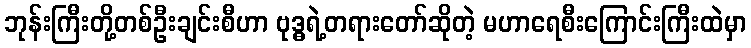
ဘုန်းကြီးတို့တစ်ဦးချင်းစီဟာ ဗုဒ္ဓရဲ့တရားတော်ဆိုတဲ့ မဟာရေစီးကြောင်းကြီးထဲမှာ